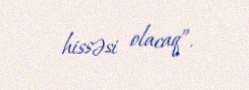
hissəsi olacaq”.